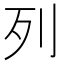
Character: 列